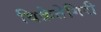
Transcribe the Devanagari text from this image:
विक्रेतेगिरी